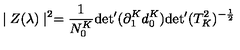
\mid Z ( \lambda ) \mid ^ { 2 } = \frac { 1 } { N _ { 0 } ^ { K } } { \det } ^ { \prime } ( \partial _ { 1 } ^ { K } d _ { 0 } ^ { K } ) { \det } ^ { \prime } ( T _ { K } ^ { 2 } ) ^ { - \frac { 1 } { 2 } }